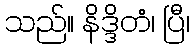
သည်။ နိဒ္ဒိတံ၊ ပြီ၊